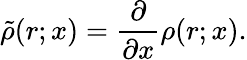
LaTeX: \tilde{\rho}(r;x)=\frac{\partial}{\partial x}\rho(r;x).